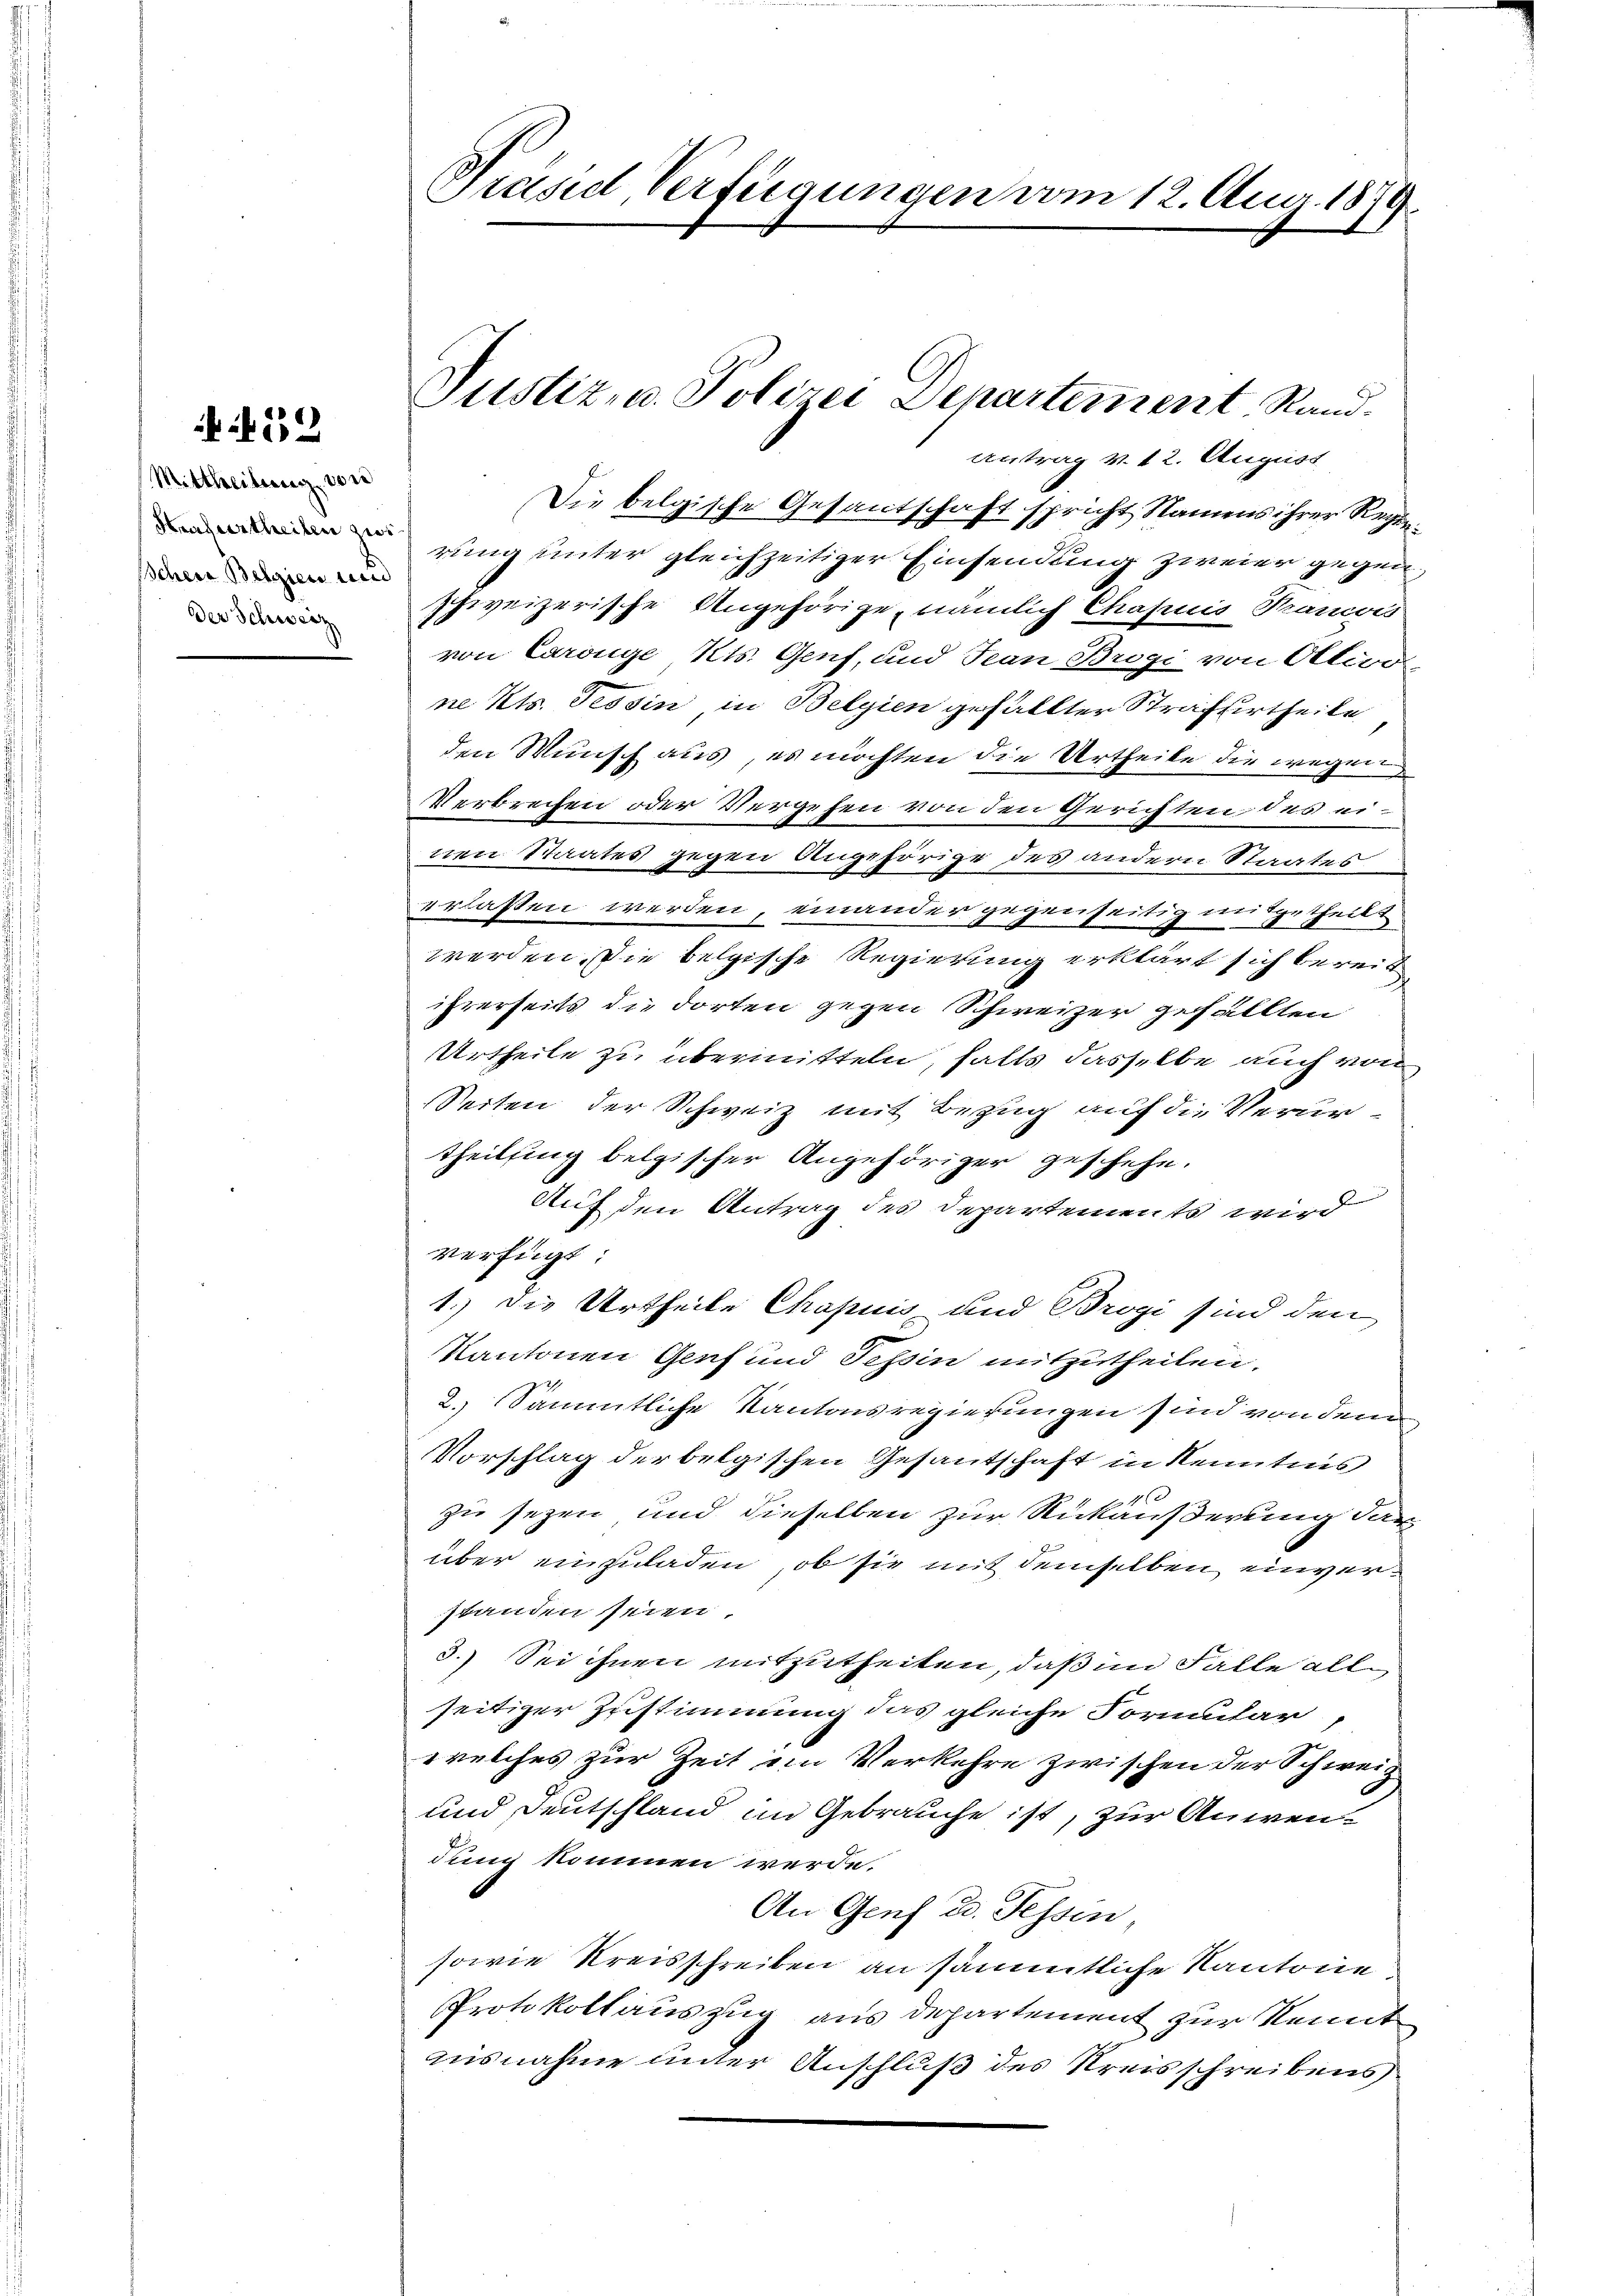
B 459

(Mittheitung von
Schere Belgien und
Der Schweiz

Präsid Verfügungen vom 12. Aug. 1879.

Die belgische Gesantschaft spricht Namens ihrer Regierung unter gleichzeitiger Einsendung zweier gegen
schweizerische Angehörige, nämlich Chapuis Frances
von Carönge Kts. Genf, und Jean Brogi von Ottioo
ne Kts. Tessin in Belgien gefällter Strafurtheile
den Wunsch aus, es möchten die Urtheile die wegen
Verbrechen oder Vergehen von den Gerichten des einen Staates gegen Angehörige des andern Staates
erlassen werden, einander gegenseitig mitgetheilt
werden. Die belgische Regierung erklärt sich bereit
ihrerseits die dorten gegen Schweizer gefällten
Urtheile zu übermitteln, falls dasselbe auch von
Seiten der Schweiz mit Bezug auf die Verurtheilsing belgischer Angehöriger geschehe.
Auf den Antrag des Departements wird
verfügt:
1.) Die Urtheile Chrapuis und Brogi sind den
Kantonen Genf und Tessin mitzutheilen.
2.) Sämmtliche Kantonsregierungen sind von dem
Vorschlag der belgischen Gesantschaft in Kenntnis
zu sezen und dieselben zur Rückäußerung dar
über einzuladen, ob sie mit demselben einverstanden seien
3.) Sei ihnen mitzutheilen, daß im Falle allseitiger Zustimmung das gleiche Formular
welches zur Zeit im Verkehre zwischen der Schweiz
und Deutschland im Gebrauche ist, zur Anwendung kommen werde.
An Genf u. Fessen,
sowie Kreisschreiben an sämmtliche Kantone
Protokollauszug aus departement zur Kennt
misnahme unter Anschluß des Kreisschreibens

Justiz- u. Polizei Departement Rand.
Antrag v. 12. August